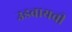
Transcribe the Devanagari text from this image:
उडवायची